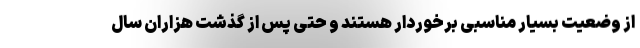
از وضعیت بسیار مناسبی برخوردار هستند و حتی پس از گذشت هزاران سال